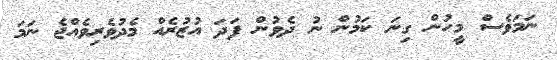
ނަމަވެސް މީހުން ގިނަ ކަމުން ނު ދެވުން ފަދަ އުޒުރެއް މެދުވެރިވެއްޖެ ނަމަ